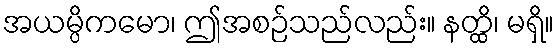
အယမ္ပိကမော၊ ဤအစဉ်သည်လည်း။ နတ္ထိ၊ မရှိ။